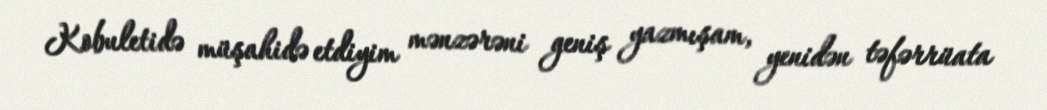
Kobuletidə müşahidə etdiyim mənzərəni geniş yazmışam, yenidən təfərrüata